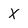
Character: X